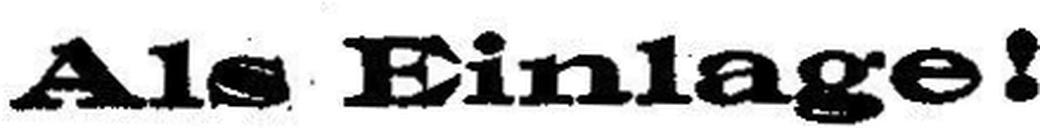
Als Einlage!